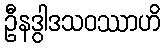
ဦနဒွါဒသဝဿာဟိ